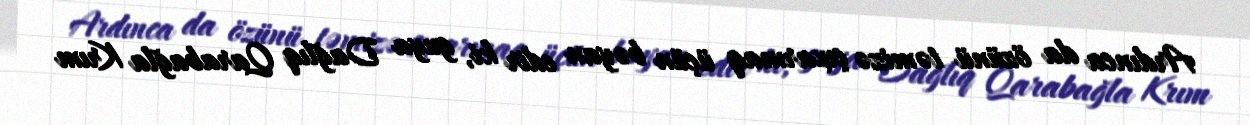
Ardınca da özünü təmizə çıxarmaq üçün bəyan edir ki, guya Dağlıq Qarabağla Krım